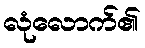
လုံလောက်၏